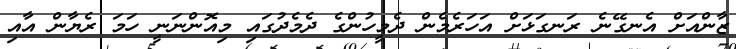
ޒާންއަށް އެނގޭނެ ރަނގަޅަށް އަހަރެމެން ދެމީހުންގެ ދެމެދުގައި މިއޮންނަނީ ހަމަ ރެޔާން އާއި